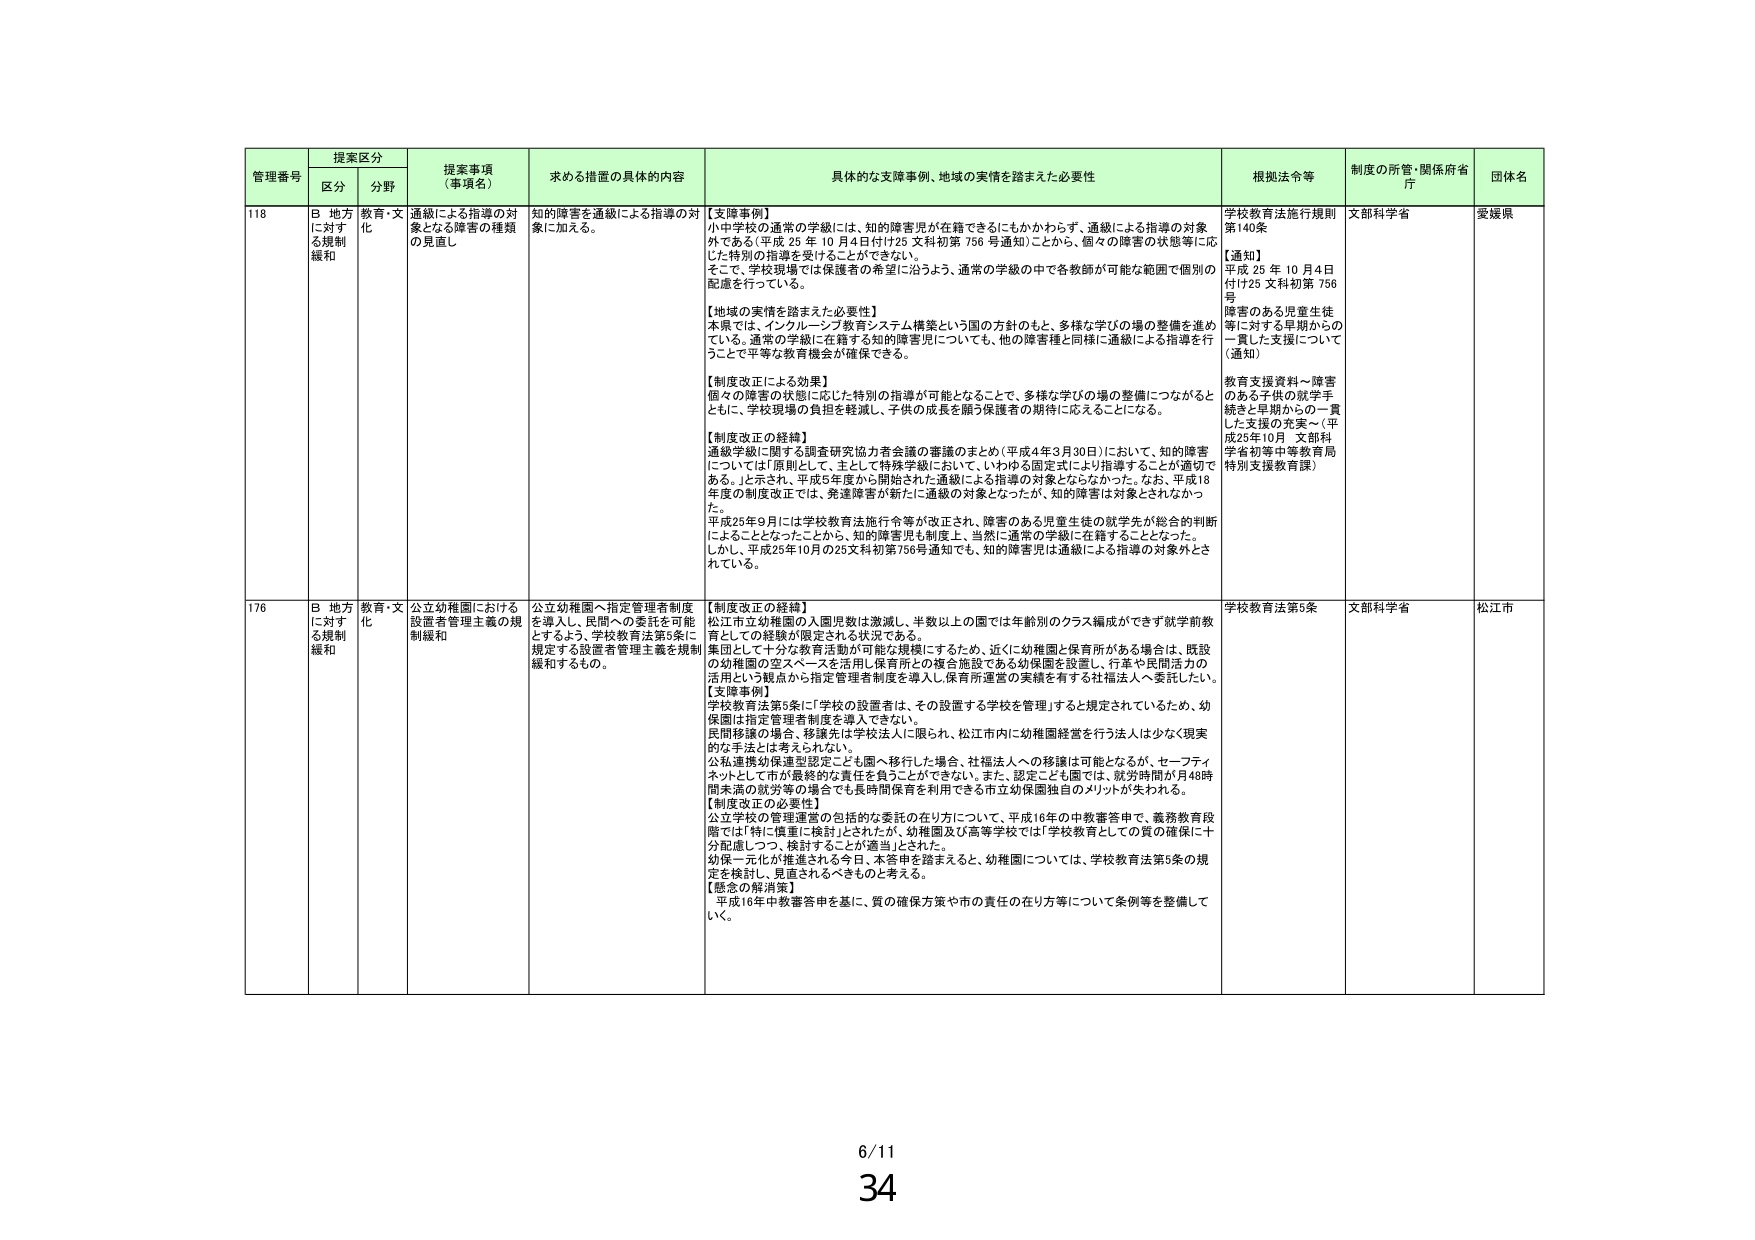
管理番号 提案区分 提案事項 （事項名） 求める措置の具体的内容 具体的な支障事例、地域の実情を踏まえた必要性 根拠法令等 制度の所管・関係府省庁 団体名
区分 分野
118 B 地方に対する規制緩和 教育・文化 通級による指導の対象となる障害の種類の見直し 知的障害を通級による指導の対象に加える。 【支障事例】 小中学校の通常の学級には、知的障害児が在籍できるにもかかわらず、通級による指導の対象外である（平成 25 年 10 月 4 日付け25 文科初第 756 号通知）ことから、個々の障害の状態等に応じた特別の指導を受けることができない。 そこで、学校現場では保護者の希望に沿うよう、通常の学級の中で各教師が可能な範囲で個別の配慮を行っている。 【地域の実情を踏まえた必要性】 本県では、インクルーシブ教育システム構築という国の方針のもと、多様な学びの場の整備を進めている。通常の学級に在籍する知的障害児についても、他の障害種と同様に通級による指導を行うことで平等な教育機会が確保できる。 【制度改正による効果】 個々の障害の状態に応じた特別の指導が可能となることで、多様な学びの場の整備につながるとともに、学校現場の負担を軽減し、子供の成長を願う保護者の期待に応えることになる。 【制度改正の経緯】 通級学級に関する調査研究協力者会議の審議のまとめ（平成4年3月30日）において、知的障害については「原則として、主として特殊学級において、いわゆる固定式により指導することが適切である。」と示され、平成5年度から開始された通級による指導の対象とならなかった。なお、平成18年度の制度改正では、発達障害が新たに通級の対象となったが、知的障害は対象とされなかった。 平成25年9月には学校教育法施行令等が改正され、障害のある児童生徒の就学先が総合的判断によることとなったことから、知的障害児も制度上、当然に通常の学級に在籍することとなった。しかし、平成25年10月の25文科初第756号通知でも、知的障害児は通級による指導の対象外とされている。 学校教育法施行規則第140条 【通知】 平成 25 年 10 月4日付け25 文科初第 756号 障害のある児童生徒等に対する早期からの一貫した支援について（通知） 教育支援資料～障害のある子供の就学手続きと早期からの一貫した支援の充実～（平成25年10月 文部科学省初等中等教育局特別支援教育課） 文部科学省 愛媛県
176 B 地方に対する規制緩和 教育・文化 公立幼稚園における設置者管理主義の規制緩和 公立幼稚園へ指定管理者制度を導入し、民間への委託を可能とするよう、学校教育法第5条に規定する設置者管理主義を規制緩和するもの。 【制度改正の経緯】 松江市立幼稚園の入園児数は激減し、半数以上の園では年齢別のクラス編成ができず就学前教育としての機能が限定される状況である。 集団として十分な教育活動が可能な規模にするため、近くに幼稚園と保育所がある場合は、既設の幼稚園の空スペースを活用し保育所との複合施設である幼稚園を設置し、行事や民間活力の活用という観点から指定管理者制度を導入し保育所運営の実績を有する社福法人へ委託したい。 【支障事例】 学校教育法第5条に「学校の設置者は、その設置する学校を管理」すると規定されているため、幼稚園は指定管理者制度を導入できない。 民間移譲の場合、移譲先は学校法人に限られ、松江市内に幼稚園経営を行う法人は少なく現実的な手法とは考えられない。 公私連携幼保連携型こども園へ移行した場合、社福法人への移譲は可能となるが、セーフティネットとして市が最終的な責任を負うことができない。また、認定こども園では、就労時間が月48時間未満の就労等の場合でも長時間保育を利用できる市立幼稚園独自のメリットが失われる。 【制度改正の必要性】 公立学校の管理運営の包括的な委託の在り方について、平成16年の中教審答申で、義務教育段階では「特に慎重に検討」とされたが、幼稚園及び高等学校では「学校教育としての質の確保に十分配慮しつつ、検討することが適当」とされた。 幼保一体化が推進される今日、本答申を踏まえると、幼稚園については、学校教育法第5条の規定を検討し、見直されるべきものと考える。 【懸念の解消策】 平成16年中教審答申を基に、質の確保方策や市の責任の在り方等について条例等を整備していく。 学校教育法第5条 文部科学省 松江市
6/11 34